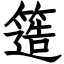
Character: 簉